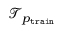
\mathcal { T } _ { p _ { \mathtt { t r a i n } } }